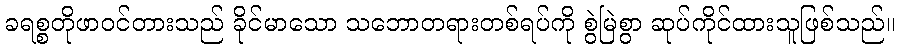
ခရစ္စတိုဖာဝင်တားသည် ခိုင်မာသော သဘောတရားတစ်ရပ်ကို စွဲမြဲစွာ ဆုပ်ကိုင်ထားသူဖြစ်သည်။